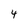
Character: 4